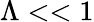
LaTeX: \Lambda<<1